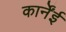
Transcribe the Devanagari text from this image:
कार्नेंई